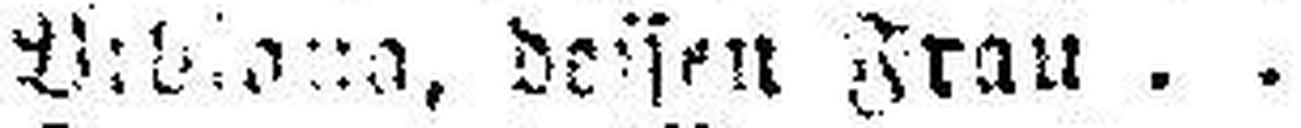
###, deisen Frau